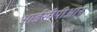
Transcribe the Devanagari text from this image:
आईसीपीआर